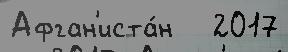
Афган'иста́н   2017